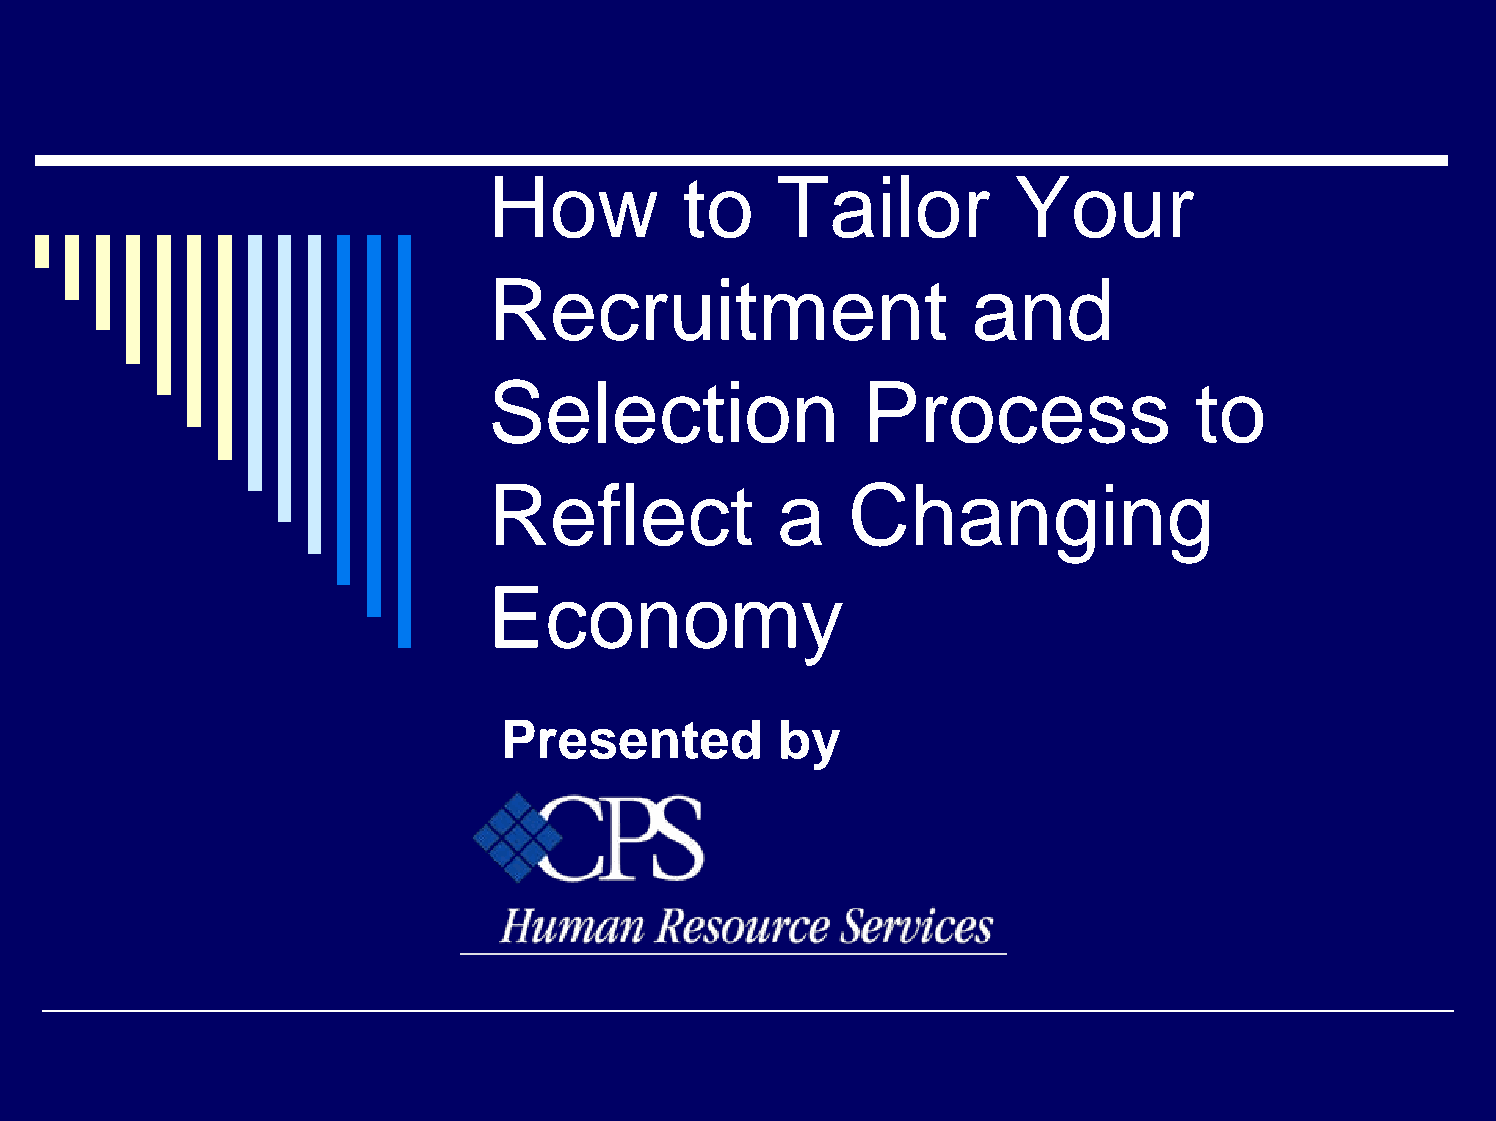
How          to     Tailor         Your
 Recruitment                     and
 Selection                Process               to
 Reflect             a   Changing
 Economy
 Presented          by